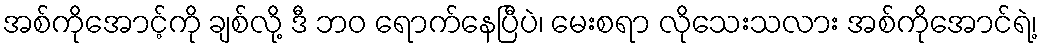
အစ်ကိုအောင့်ကို ချစ်လို့ ဒီ ဘဝ ရောက်နေပြီပဲ၊ မေးစရာ လိုသေးသလား အစ်ကိုအောင်ရဲ့၊